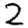
Digit: 2